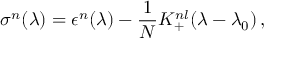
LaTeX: \sigma ^ { n } ( \lambda ) = \epsilon ^ { n } ( \lambda ) - { \frac { 1 } { N } } K _ { + } ^ { n l } ( \lambda - \lambda _ { 0 } ) \, ,